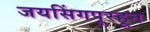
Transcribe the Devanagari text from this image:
जयसिंगपूरहून